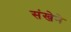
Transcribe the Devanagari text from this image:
संखेने